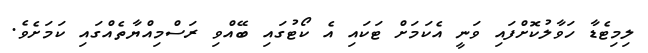
ލިމިޓެޑާ ހަވާލުކޮށްފައި ވަނީ އެކަމަށް ޓަކައި އެ ކޯޓުގައި ބޭއްވި ރަސްމިއްޔާތެއްގައި ކަމަށެވެ.